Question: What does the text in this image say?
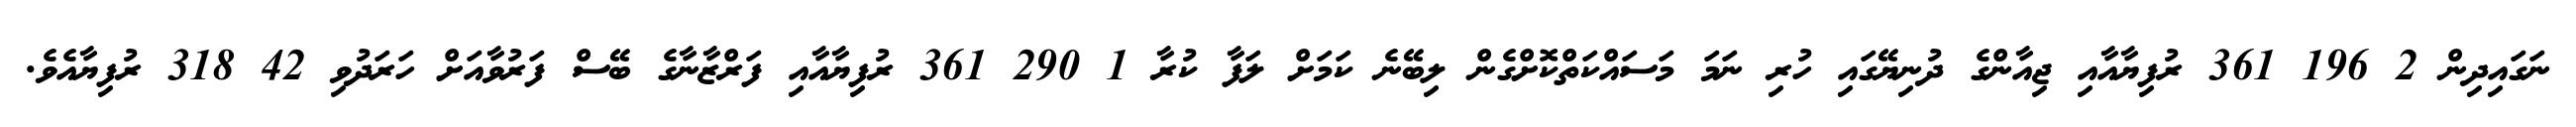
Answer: ނަގައިދިން 2 196 361 ރުފިޔާއާއި ޖިއާންގެ ދުނިޔޭގައި ހުރި ނަމަ މަސައްކަތްކޮށްގެން ލިބޭނެ ކަމަށް ލަފާ ކުރާ 1 290 361 ރުފިޔާއާއި ފަރްޒާނާގެ ބޭސް ފަރުވާއަށް ހަރަދުވި 42 318 ރުފިޔާއެވެ.